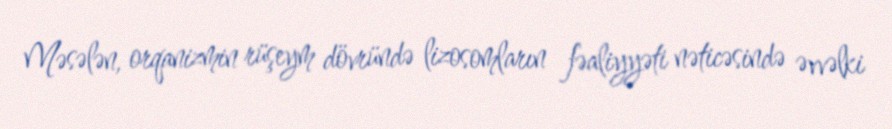
Məsələn, orqanizmin rüşeym dövründə lizosomların fəaliyyəti nəticəsində əvvəlki